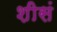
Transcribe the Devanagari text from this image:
शीसं